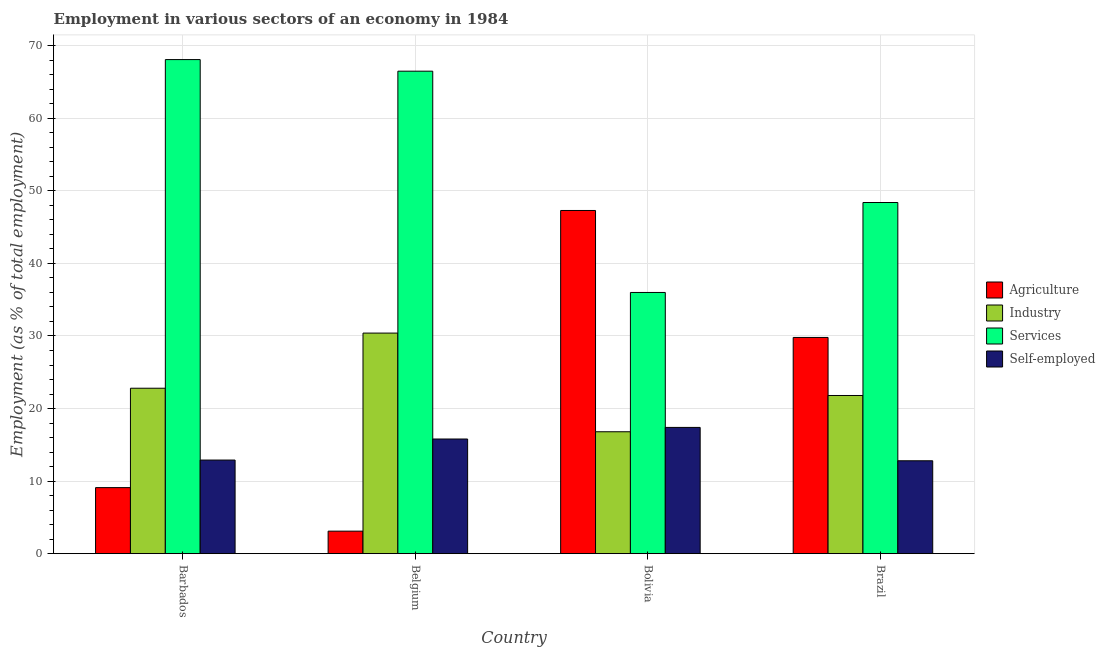
| Country | Agriculture | Industry | Services | Self-employed |
 | --- | --- | --- | --- | --- |
 | Barbados | 9.1 | 22.8 | 68.1 | 12.9 |
 | Belgium | 3.1 | 30.4 | 66.5 | 15.8 |
 | Bolivia | 47.3 | 16.8 | 36 | 17.4 |
 | Brazil | 29.8 | 21.8 | 48.4 | 12.8 |